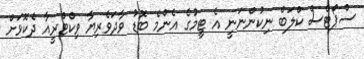
ސްޕޯޓްސް ކްލަބް ނިކުންނަނީ އެ ޓީމުގެ އެންމެ ބޮޑު ވާދަވެރިޔާ ވިކްޓްރީއާ ދެކޮޅަށް